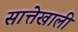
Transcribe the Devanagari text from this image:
सात्तेखाली